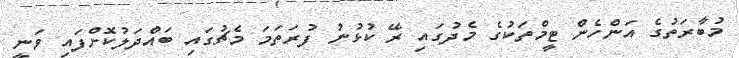
މުބާރަތުގެ އަންހެން ޓީމްތަކުގެ މެދުގައި ރޭ ކުޅުނު ފުރަތަމަ މެޗުގައި ބައްދަލުކޮށްފައި ވަނީ